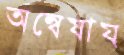
অন্বেষায়